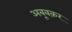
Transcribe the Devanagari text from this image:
अबूबक़र